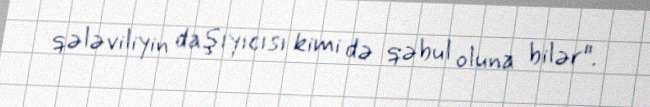
qələviliyin daşıyıcısı kimi də qəbul oluna bilər".